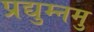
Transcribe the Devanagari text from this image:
प्रद्युम्नमु